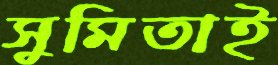
সুমিতাই